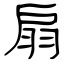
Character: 扇